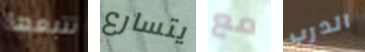
تتبعها يتسارع مع الدرب